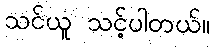
သင်ယူ သင့်ပါတယ်။